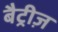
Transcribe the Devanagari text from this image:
बैट्रीज़